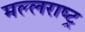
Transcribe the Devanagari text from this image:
मल्लराष्ट्र